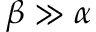
\beta \gg \alpha